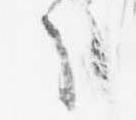
哉